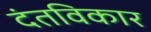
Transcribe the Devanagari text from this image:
दंतविकार